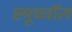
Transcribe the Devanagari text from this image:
स्मूथवॉल